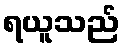
ရယူသည်